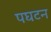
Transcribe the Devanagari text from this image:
पघटन